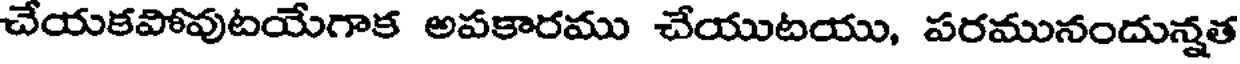
చేయకపోవుటయేగాక అపకారము చేయుటయు, పరమునందున్నత